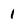
Character: 1